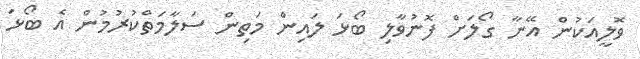
ވޮލީއަކުން އޭނާ ގޯލަށް ފޮނުވާލި ބޯޅަ ލައިން މަތިން ސަލާމަތްކުރުމުން އެ ބޯޅަ